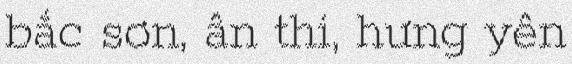
bắc sơn, ân thi, hưng yên